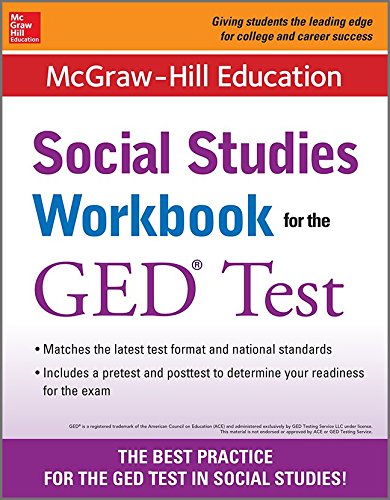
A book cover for McGraw-Hill Education Social Studies Workbook for the GED Test; McGraw-Hill Education Editors; Test Preparation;